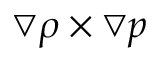
\bigtriangledown \rho \times \bigtriangledown p